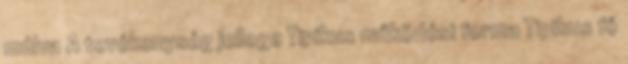
múlva A tevékenység jellege Tipikus működési forma Tipikus fő